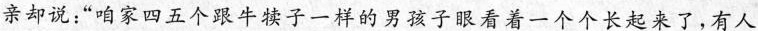
亲却说:“咱家四五个跟牛犊子一样的男孩子眼看着一个个长起来了,有人